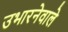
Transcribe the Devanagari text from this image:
उभारनेवाले